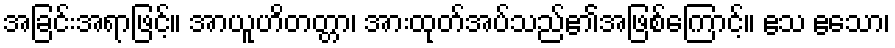
အခြင်းအရာဖြင့်။ အာယူဟိတတ္တာ၊ အားထုတ်အပ်သည်၏အဖြစ်ကြောင့်။ ဧသ ဧသော၊